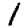
Digit: 1